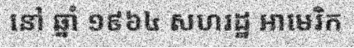
នៅ ឆ្នាំ ១៩៦៤ សហរដ្ឋ អាមេរិក